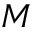
M